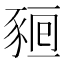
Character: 𧱖